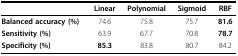
|  | Linear | Polynomial | Sigmoid | RBF |
 | --- | --- | --- | --- | --- |
 | Balanced accuracy (%) | 74.6 | 75.8 | 75.7 | 81.6 |
 | Sensitivity (%) | 63.9 | 67.7 | 70.8 | 78.7 |
 | Specificity (%) | 85.3 | 83.8 | 80.7 | 84.2 |